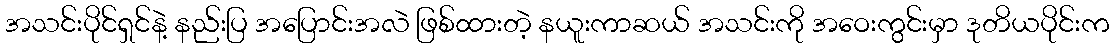
အသင်းပိုင်ရှင်နဲ့ နည်းပြ အပြောင်းအလဲ ဖြစ်ထားတဲ့ နယူးကာဆယ် အသင်းကို အဝေးကွင်းမှာ ဒုတိယပိုင်းက